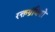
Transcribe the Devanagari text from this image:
रक्तग्रंथियों